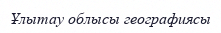
Ұлытау облысы географиясы